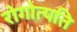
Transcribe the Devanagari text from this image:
रोगोत्पति